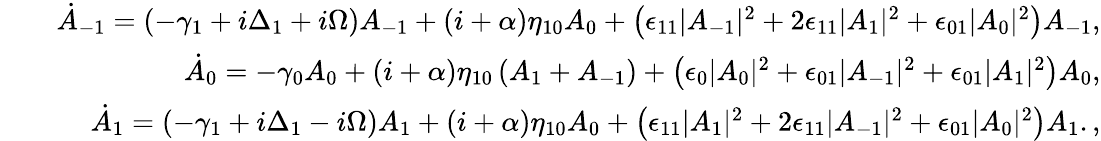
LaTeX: \begin{array}{rlr}&{}&{\dot{A}_{-1}=(-\gamma_{1}+i\Delta_{1}+i\Omega)A_{-1}+(i+\alpha)\eta_{10}A_{0}+\left(\epsilon_{11}|A_{-1}|^{2}+2\epsilon_{11}|A_{1}|^{2}+\epsilon_{01}|A_{0}|^{2}\right)A_{-1},}\\ &{}&{\dot{A}_{0}=-\gamma_{0}A_{0}+(i+\alpha)\eta_{10}\left(A_{1}+A_{-1}\right)+\left(\epsilon_{0}|A_{0}|^{2}+\epsilon_{01}|A_{-1}|^{2}+\epsilon_{01}|A_{1}|^{2}\right)A_{0},}\\ &{}&{\dot{A}_{1}=(-\gamma_{1}+i\Delta_{1}-i\Omega)A_{1}+(i+\alpha)\eta_{10}A_{0}+\left(\epsilon_{11}|A_{1}|^{2}+2\epsilon_{11}|A_{-1}|^{2}+\epsilon_{01}|A_{0}|^{2}\right)A_{1}.,}\end{array}